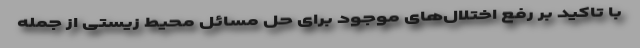
با تاکید بر رفع اختلال‌های موجود برای حل مسائل محیط زیستی از جمله